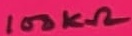
Text: 100KΩ